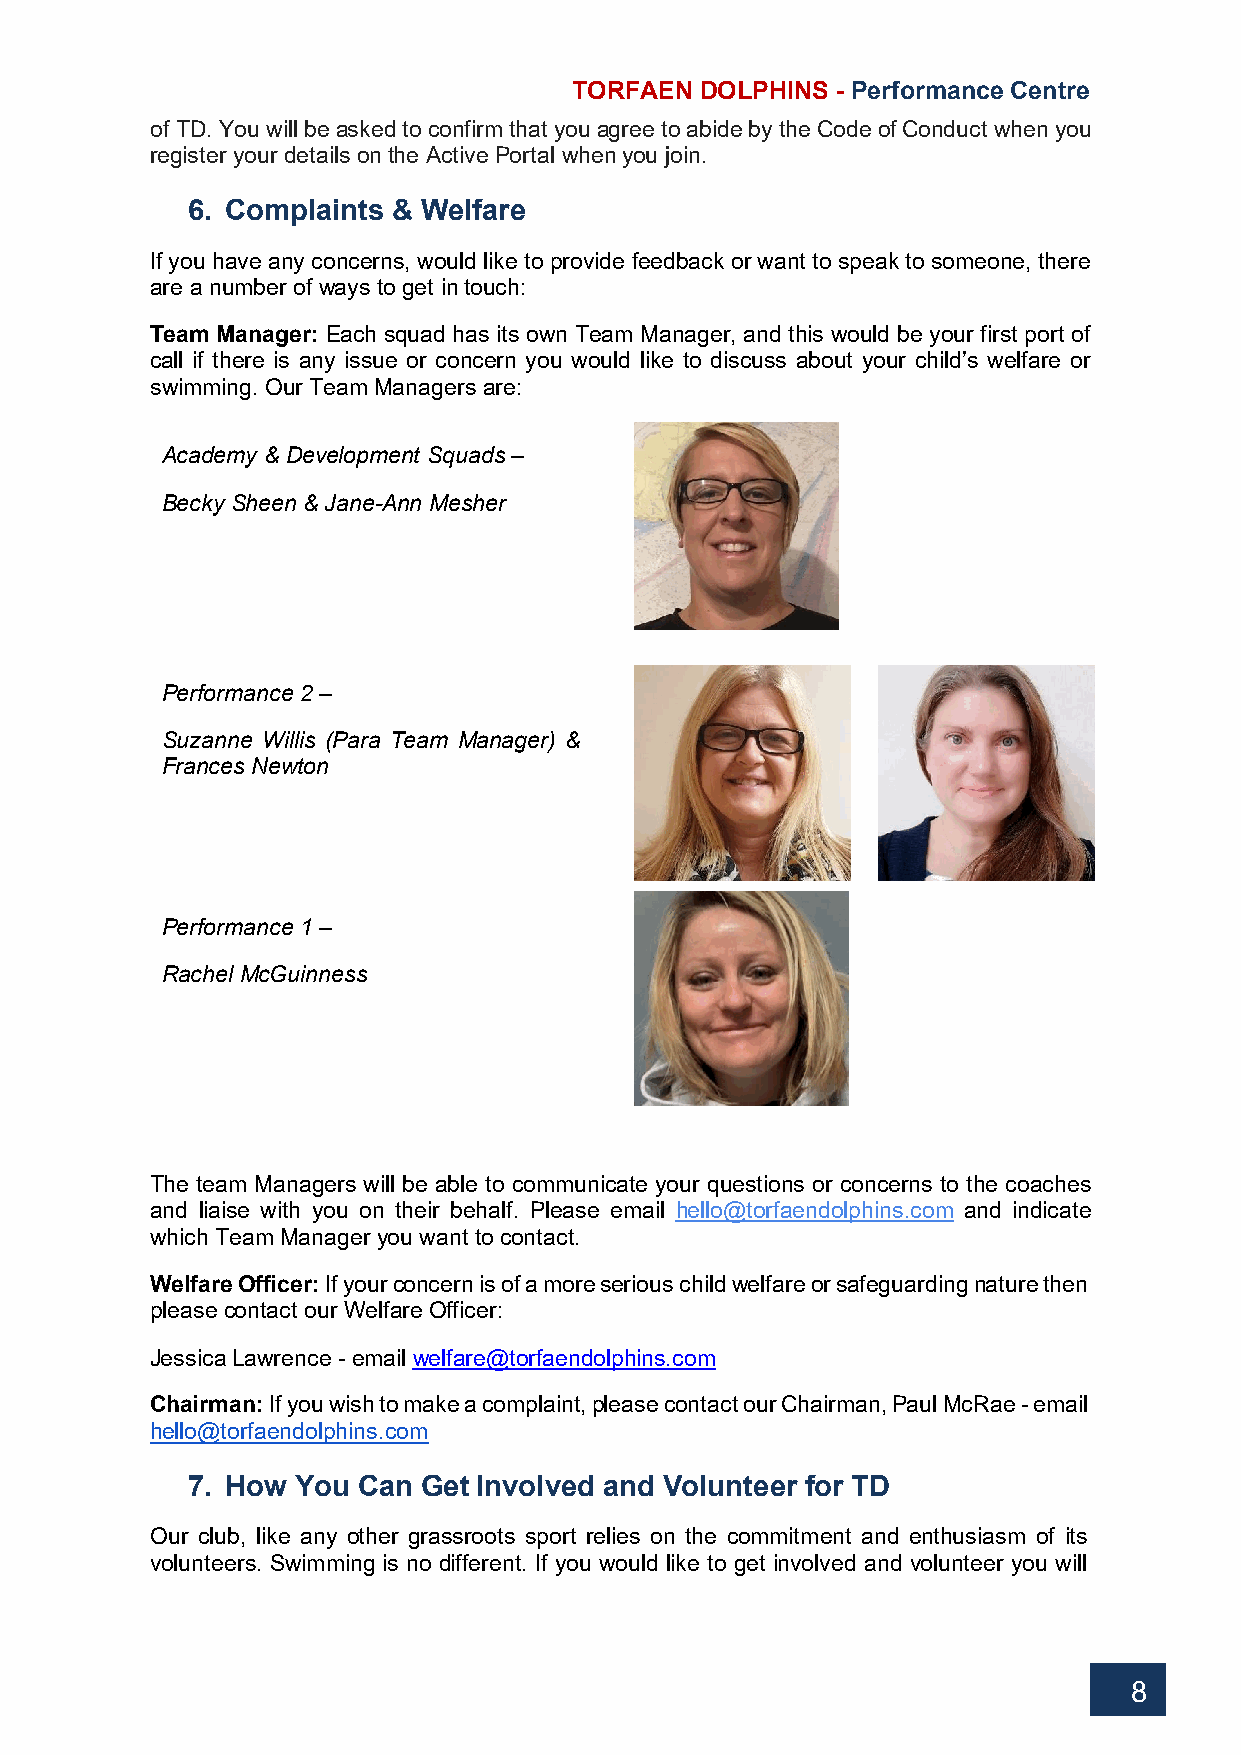
TORFAEN DOLPHINS - Performance Centre
 of TD. You will be asked to confirm that you agree to abide by the Code of Conduct when you
 register your details on the Active Portal when you join.
 6. Complaints & Welfare
 If you have any concerns, would like to provide feedback or want to speak to someone, there
 are a number of ways to get in touch:
 Team Manager: Each squad has its own Team Manager, and this would be your first port of
 call if there is any issue or concern you would like to discuss about your child’s welfare or
 swimming. Our Team Managers are:
 Academy & Development Squads –
 Becky Sheen & Jane-Ann Mesher
 Performance 2 –
 Suzanne Willis (Para Team Manager) &
 Frances Newton
 Performance 1 –
 Rachel McGuinness
 The team Managers will be able to communicate your questions or concerns to the coaches
 and liaise with you on their behalf. Please email hello@torfaendolphins.com and indicate
 which Team Manager you want to contact.
 Welfare Officer: If your concern is of a more serious child welfare or safeguarding nature then
 please contact our Welfare Officer:
 Jessica Lawrence - email welfare@torfaendolphins.com
 Chairman: If you wish to make a complaint, please contact our Chairman, Paul McRae - email
 hello@torfaendolphins.com
 7. How  You Can Get Involved and Volunteer for TD
 Our club, like any other grassroots sport relies on the commitment and enthusiasm of its
 volunteers. Swimming is no different. If you would like to get involved and volunteer you will
 8